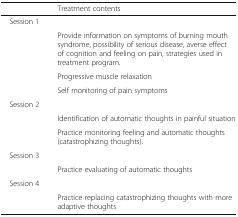
<table><thead><tr><td>[EMPTY_CELL]</td><td><b>Treatment contents</b></td></tr></thead><tbody><tr><td rowspan="4"> Session 1</td><td>[EMPTY_CELL]</td></tr><tr><td>Provide information on symptoms of burning mouth syndrome, possibility of serious disease, averse effect of cognition and feeling on pain, strategies used in treatment program.</td></tr><tr><td>Progressive muscle relaxation</td></tr><tr><td>Self monitoring of pain symptoms</td></tr><tr><td rowspan="3"> Session 2</td><td>[EMPTY_CELL]</td></tr><tr><td>Identification of automatic thoughts in painful situation</td></tr><tr><td>Practice monitoring feeling and automatic thoughts (catastrophizing thoughts).</td></tr><tr><td rowspan="2"> Session 3</td><td>[EMPTY_CELL]</td></tr><tr><td>Practice evaluating of automatic thoughts</td></tr><tr><td rowspan="2"> Session 4</td><td>[EMPTY_CELL]</td></tr><tr><td>Practice replacing catastrophizing thoughts with more adaptive thoughts</td></tr></tbody></table>